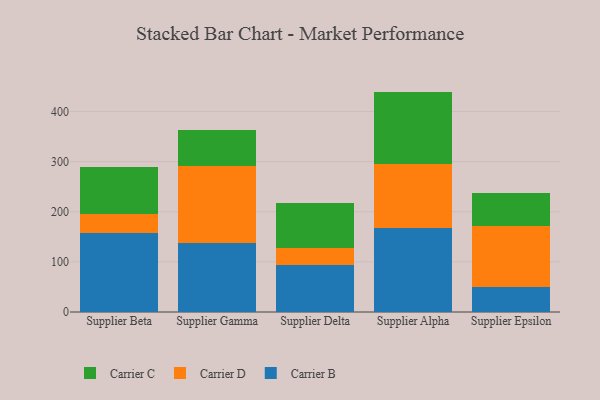
{"axis": {"x": "Supplier", "y": "Operating Costs (USD K)"}, "legend": ["Carrier B", "Carrier C", "Carrier D"], "data": [{"x": "Supplier Beta", "y": 157.2, "type": "Carrier B"}, {"x": "Supplier Beta", "y": 39.3, "type": "Carrier D"}, {"x": "Supplier Beta", "y": 93.5, "type": "Carrier C"}, {"x": "Supplier Gamma", "y": 138.3, "type": "Carrier B"}, {"x": "Supplier Gamma", "y": 152.5, "type": "Carrier D"}, {"x": "Supplier Gamma", "y": 71.7, "type": "Carrier C"}, {"x": "Supplier Delta", "y": 93.6, "type": "Carrier B"}, {"x": "Supplier Delta", "y": 34.1, "type": "Carrier D"}, {"x": "Supplier Delta", "y": 89.0, "type": "Carrier C"}, {"x": "Supplier Alpha", "y": 166.7, "type": "Carrier B"}, {"x": "Supplier Alpha", "y": 128.8, "type": "Carrier D"}, {"x": "Supplier Alpha", "y": 144.2, "type": "Carrier C"}, {"x": "Supplier Epsilon", "y": 48.9, "type": "Carrier B"}, {"x": "Supplier Epsilon", "y": 123.2, "type": "Carrier D"}, {"x": "Supplier Epsilon", "y": 65.7, "type": "Carrier C"}]}